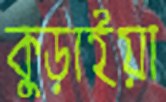
কুড়াইয়া